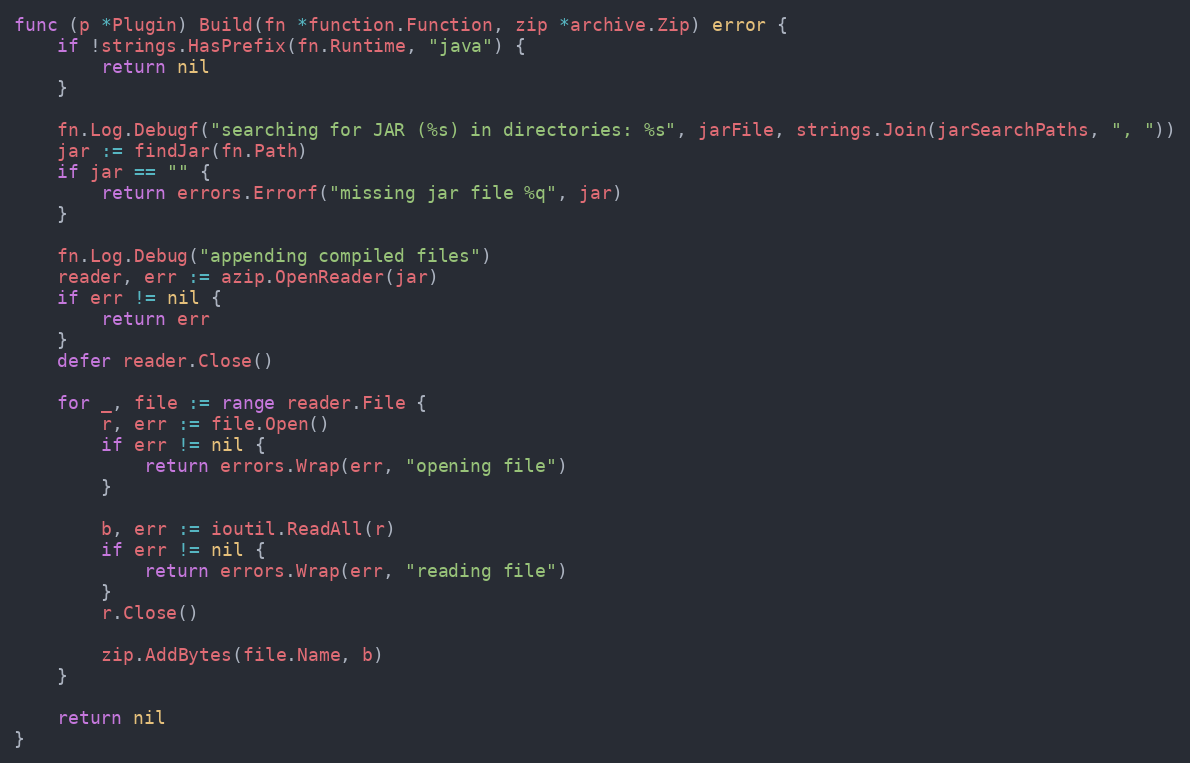
Language: Go
func (p *Plugin) Build(fn *function.Function, zip *archive.Zip) error {
	if !strings.HasPrefix(fn.Runtime, "java") {
		return nil
	}

	fn.Log.Debugf("searching for JAR (%s) in directories: %s", jarFile, strings.Join(jarSearchPaths, ", "))
	jar := findJar(fn.Path)
	if jar == "" {
		return errors.Errorf("missing jar file %q", jar)
	}

	fn.Log.Debug("appending compiled files")
	reader, err := azip.OpenReader(jar)
	if err != nil {
		return err
	}
	defer reader.Close()

	for _, file := range reader.File {
		r, err := file.Open()
		if err != nil {
			return errors.Wrap(err, "opening file")
		}

		b, err := ioutil.ReadAll(r)
		if err != nil {
			return errors.Wrap(err, "reading file")
		}
		r.Close()

		zip.AddBytes(file.Name, b)
	}

	return nil
}